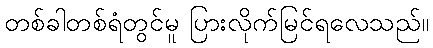
တစ်ခါတစ်ရံတွင်မူ ပြားလိုက်မြင်ရလေသည်။